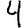
Digit: 4